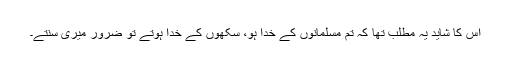
اس کا شاید یہ مطلب تھا کہ تم مسلمانوں کے خدا ہو، سکھوں کے خدا ہوتے تو ضرور میری سُنتے۔